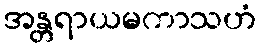
အန္တရာယမကာသဟံ